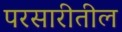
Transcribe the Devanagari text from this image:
परसारीतील